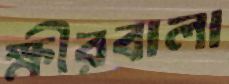
ক্ষীরবালা